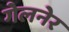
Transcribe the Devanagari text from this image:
गेलनेर